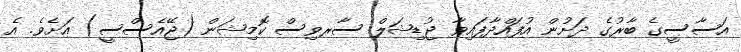
އަސާސީގެ ބާރުގެ ދަށުން އުފައްދާފައިވާ ޖުޑިޝަލް ސާރވިސް ކޮމިޝަން (ޖޭއެސްސީ) އަށެވެ. އެ